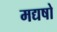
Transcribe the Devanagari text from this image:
मद्यषो